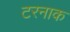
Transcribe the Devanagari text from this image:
टरनाक